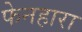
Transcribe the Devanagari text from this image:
फेनहारा